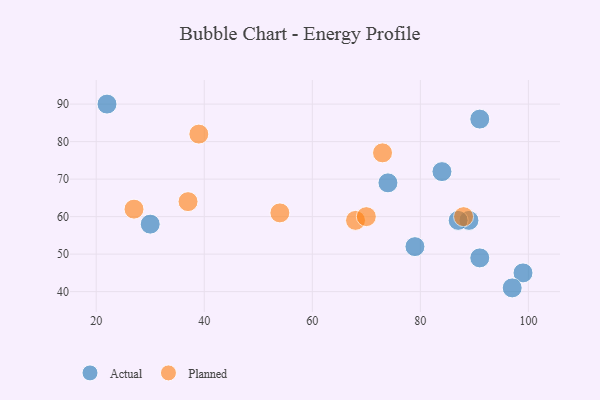
{"axis": {"x": "GDP", "y": "Life Expectancy"}, "legend": ["Actual", "Planned"], "data": [{"x": "22", "y": 90, "type": "Actual"}, {"x": "74", "y": 69, "type": "Actual"}, {"x": "99", "y": 45, "type": "Actual"}, {"x": "97", "y": 41, "type": "Actual"}, {"x": "30", "y": 58, "type": "Actual"}, {"x": "91", "y": 49, "type": "Actual"}, {"x": "79", "y": 52, "type": "Actual"}, {"x": "89", "y": 59, "type": "Actual"}, {"x": "91", "y": 86, "type": "Actual"}, {"x": "84", "y": 72, "type": "Actual"}, {"x": "87", "y": 59, "type": "Actual"}, {"x": "54", "y": 61, "type": "Planned"}, {"x": "88", "y": 60, "type": "Planned"}, {"x": "37", "y": 64, "type": "Planned"}, {"x": "27", "y": 62, "type": "Planned"}, {"x": "39", "y": 82, "type": "Planned"}, {"x": "68", "y": 59, "type": "Planned"}, {"x": "73", "y": 77, "type": "Planned"}, {"x": "70", "y": 60, "type": "Planned"}]}